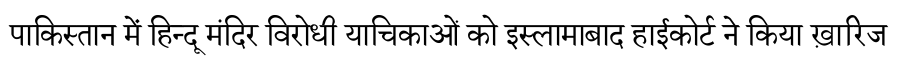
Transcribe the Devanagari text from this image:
पाकिस्तान में हिन्दू मंदिर विरोधी याचिकाओं को इस्लामाबाद हाईकोर्ट ने किया ख़ारिज